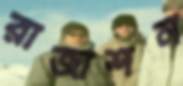
রাজাশন